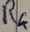
Text: R4